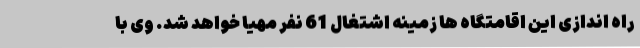
راه اندازی این اقامتگاه ها زمینه اشتغال 61 نفر مهیا خواهد شد. وی با